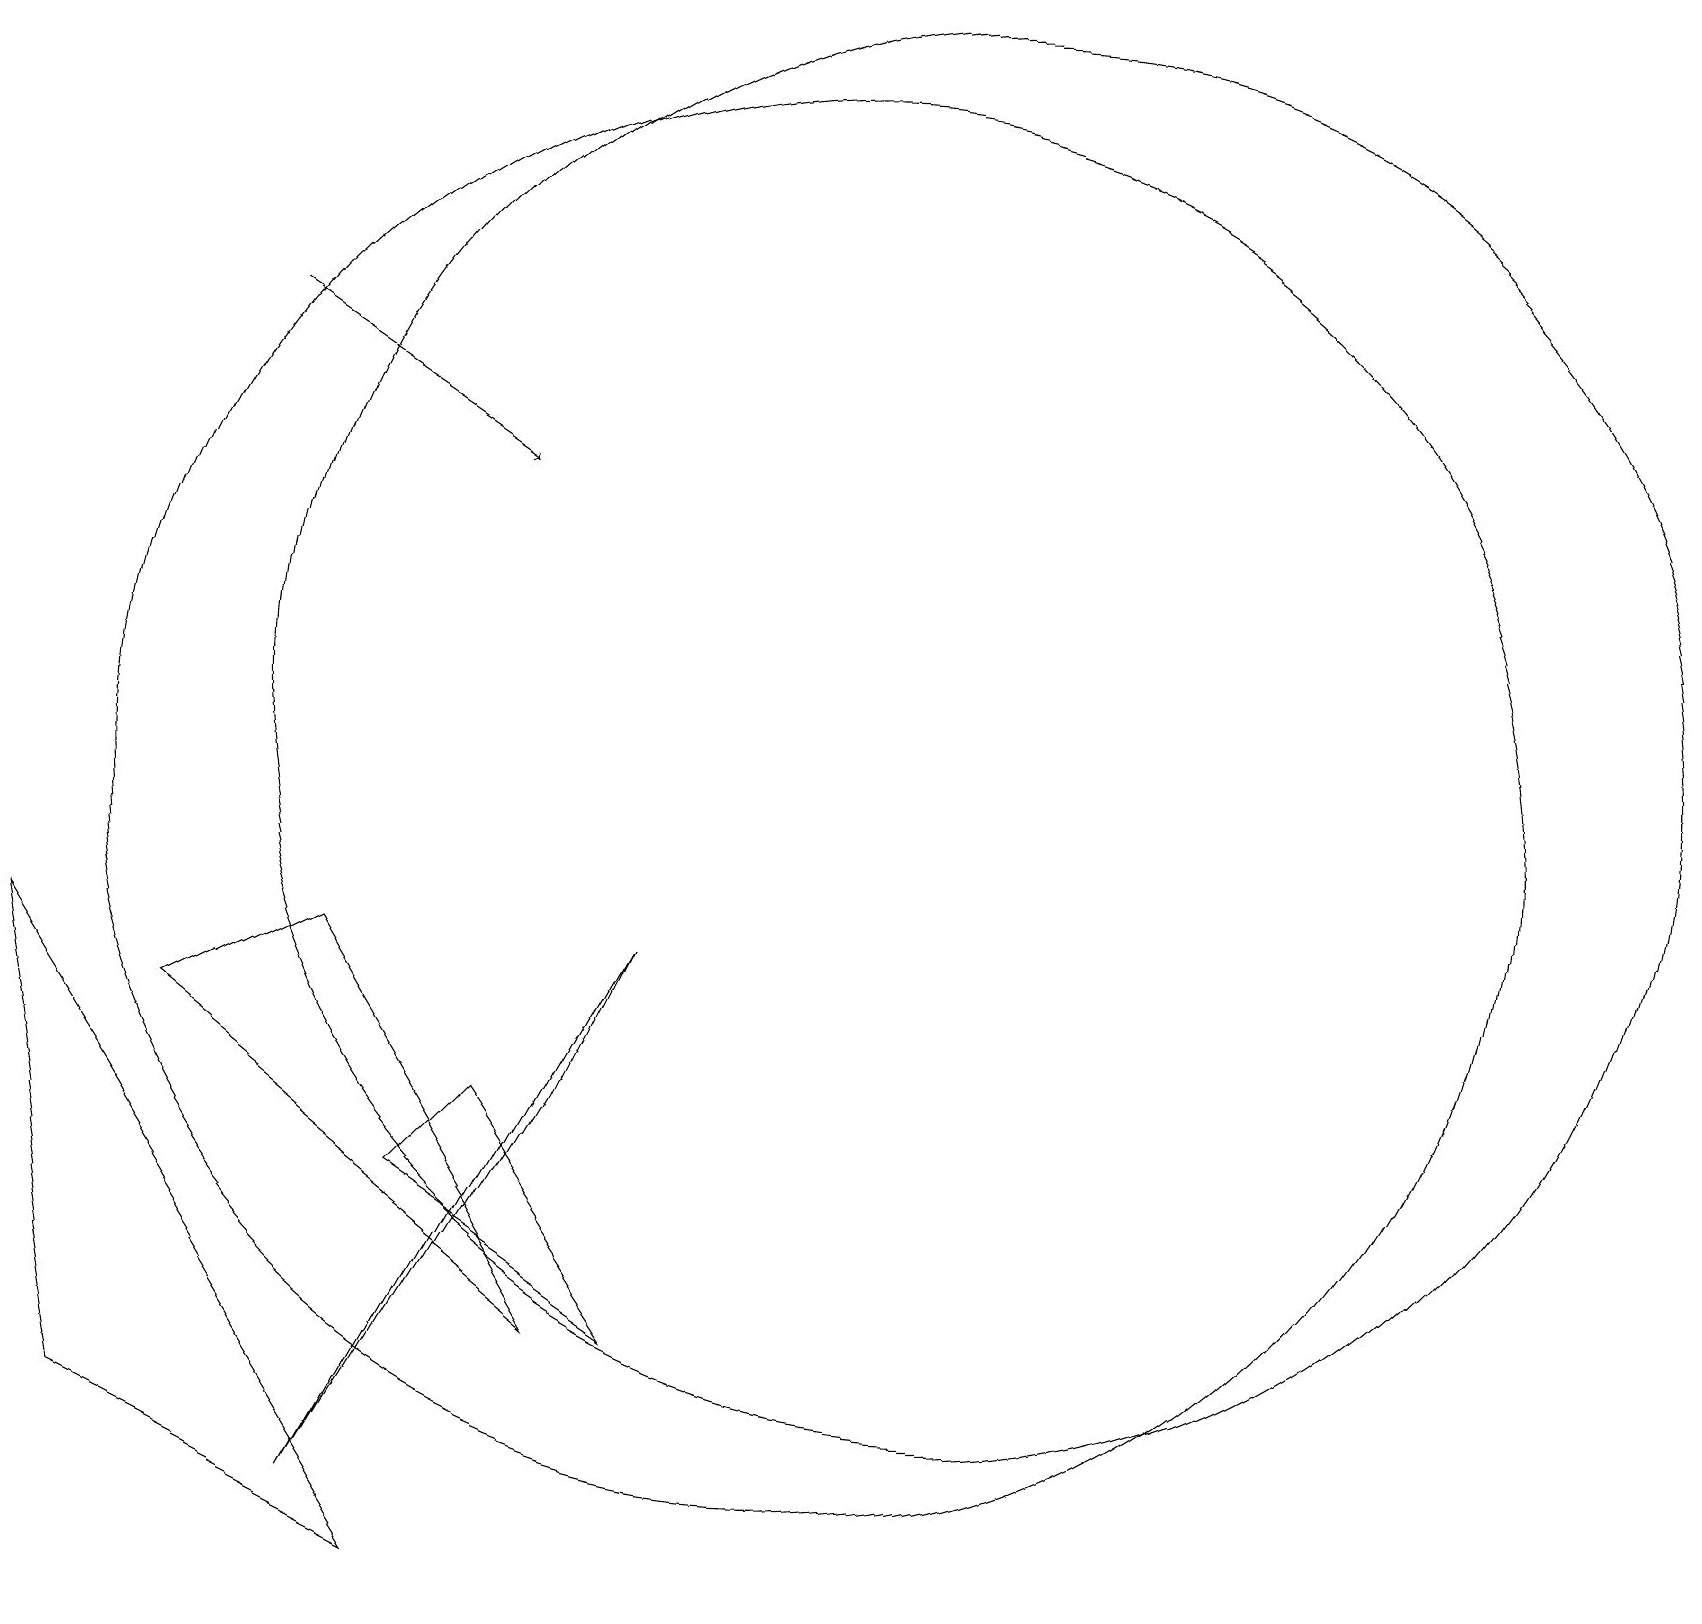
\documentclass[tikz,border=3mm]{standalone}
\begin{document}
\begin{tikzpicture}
\draw[->] (3,17) -- (6,15);
\draw (12,12) circle (9);
\draw (7,7) -- (4,2) -- (8,9) -- cycle;
\draw (6,7) -- (8,4) -- (5,6) -- cycle;
\draw (2,8) -- (4,9) -- (7,4) -- cycle;
\draw (1,3) -- (0,9) -- (5,1) -- cycle;
\draw (10,11) circle (9);
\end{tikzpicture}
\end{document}